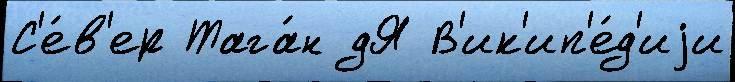
С'е́в'ер Тага́н дЯ В'ик'ип'е́д'иjи